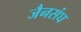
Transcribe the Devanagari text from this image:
जैनसंघ